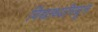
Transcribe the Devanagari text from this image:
विद्यार्थ्यांमधून